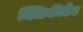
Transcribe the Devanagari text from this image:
क्लिकीटैट